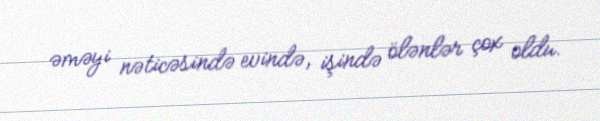
əməyi nəticəsində evində, işində ölənlər çox oldu.